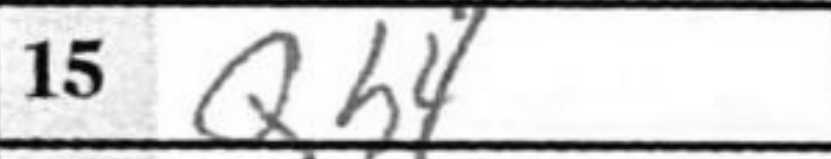
Transcription: Qh4